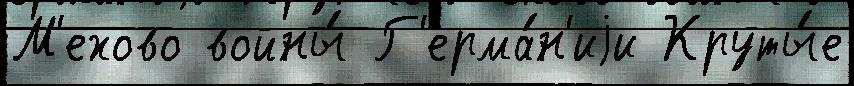
М'ехово войны́ Г'ерма́н'иjи Круты́е